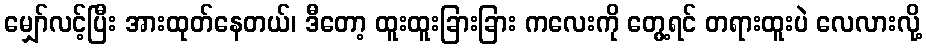
မျှော်လင့်ပြီး အားထုတ်နေတယ်၊ ဒီတော့ ထူးထူးခြားခြား ကလေးကို တွေ့ရင် တရားထူးပဲ လေလားလို့